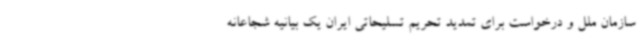
سازمان ملل و درخواست برای تمدید تحریم تسلیحاتی ایران یک بیانیه شجاعانه